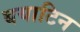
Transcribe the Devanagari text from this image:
बयाटिन